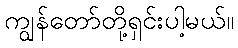
ကျွန်တော်တို့ရှင်းပါ့မယ်။